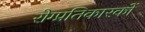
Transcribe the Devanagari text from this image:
रोग्प्रतिकारकों